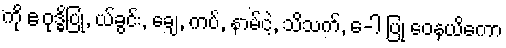
ကို ဧ ဝုဒ္ဓိပြု, ယ်ခွင်း, ချေ, ကပ်, နာမ်ငဲ့, သိသက်, ေ-ါ ပြု ဝေနယိကော